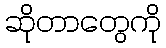
ဆိုတာတွေကို